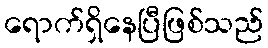
ရောက်ရှိနေပြီဖြစ်သည်